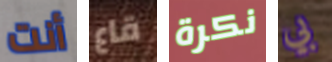
أنت قاع نكرة بي